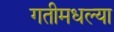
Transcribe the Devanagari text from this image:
गतीमधल्या